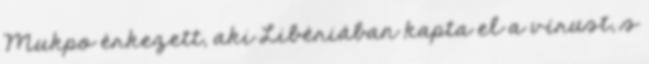
Mukpo érkezett, aki Libériában kapta el a vírust, s